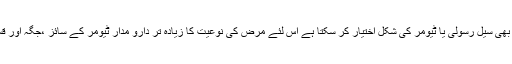
دماغ کا کوئی بھی سیل رسولی یا ٹیومر کی شکل اختیار کر سکتا ہے اس لئے مرض کی نوعیت کا زیادہ تر دارو مدار ٹیومر کے سائز ،جگہ اور قسم پر ہوتا ہے۔